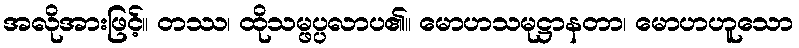
အလိုအားဖြင့်။ တဿ၊ ထိုသမ္ဖပ္ပလာပ၏။ မောဟသမုဋ္ဌာနတာ၊ မောဟဟူသော